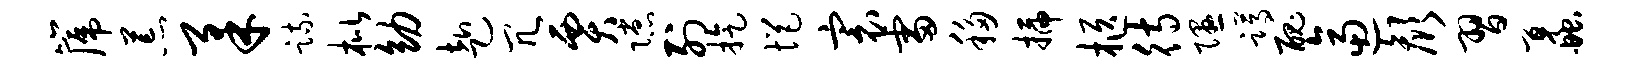
篪荒柔疏枇幼赴冗贾隙列旋悒寰雷移插柩待隰蹲丑逼颜习蠡